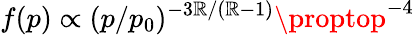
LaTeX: f(p)\propto(p/p_{0})^{-3\mathbb{R}/(\mathbb{R}-1)}\proptop^{-4}